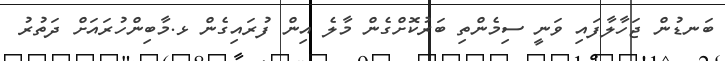
ބަނޑުން ޖަހާލާފައި ވަނީ ސިމެންތި ބަރުކޮށްގެން މާލެ އިން ފުރައިގެން ޅ.މާބިންހުރައަށް ދަތުރު